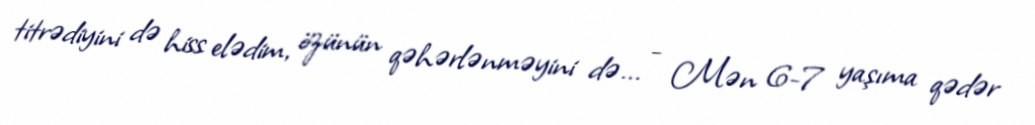
titrədiyini də hiss elədim, özünün qəhərlənməyini də... - Mən 6-7 yaşıma qədər